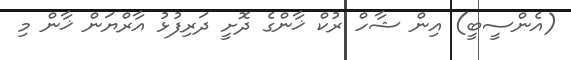
(އެންސީބީ) އިން ޝާހް ރުކް ޚާންގެ ދޮށީ ދަރިފުޅު އާރްޔަން ޚާން މި